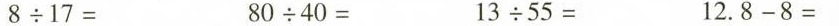
8 \times 17= 80 \times 40=